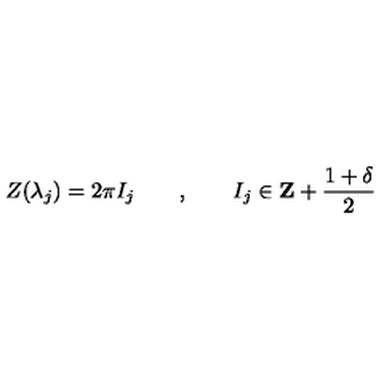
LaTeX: Z ( \lambda _ { j } ) = 2 \pi I _ { j } \qquad , \qquad I _ { j } \in \mathbf { Z } + \frac { 1 + \delta } { 2 }